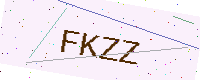
Text: FKZZ